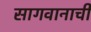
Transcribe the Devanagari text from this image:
सागवानाची